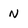
Character: N